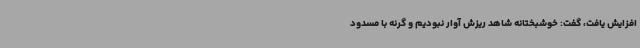
افزایش یافت، گفت: خوشبختانه شاهد ریزش آوار نبودیم و گرنه با مسدود